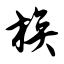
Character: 族